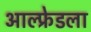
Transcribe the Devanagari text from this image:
आल्फ्रेडला